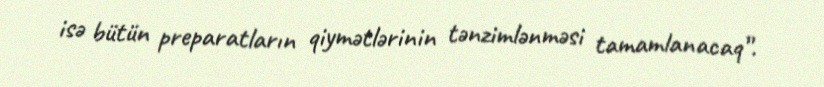
isə bütün preparatların qiymətlərinin tənzimlənməsi tamamlanacaq”.